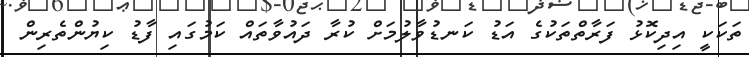
ތަކަކީ އިދިކޮޅު ފަރާތްތަކުގެ އަޑު ކަނޑުވާލުމަށް ކުރާ ދައުވާތައް ކަމުގައި ފާޑު ކިޔުންތެރިން